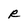
Character: R